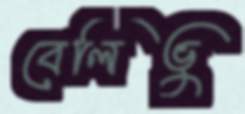
বেলিভু